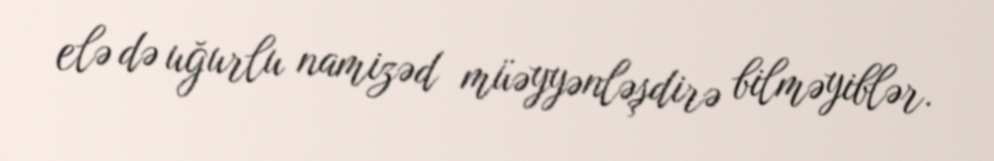
elə də uğurlu namizəd müəyyənləşdirə bilməyiblər.